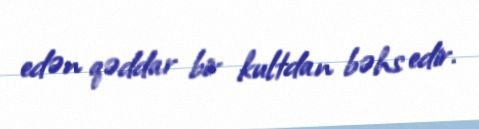
edən qəddar bir kultdan bəhs edir.